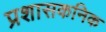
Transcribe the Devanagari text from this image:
प्रशासकनिक